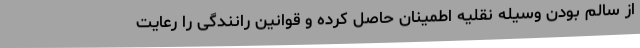
از سالم بودن وسیله نقلیه اطمینان حاصل کرده و قوانین رانندگی را رعایت